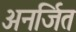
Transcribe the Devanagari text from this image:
अनर्जित